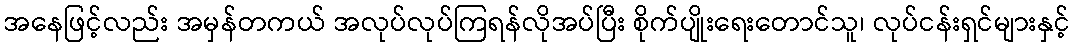
အနေဖြင့်လည်း အမှန်တကယ် အလုပ်လုပ်ကြရန်လိုအပ်ပြီး စိုက်ပျိုးရေးတောင်သူ၊ လုပ်ငန်းရှင်များနှင့်